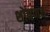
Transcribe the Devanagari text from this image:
शोषणच